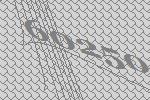
60250